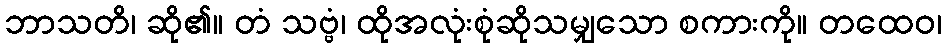
ဘာသတိ၊ ဆို၏။ တံ သဗ္ဗံ၊ ထိုအလုံးစုံဆိုသမျှသော စကားကို။ တထေဝ၊